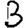
Digit: 3